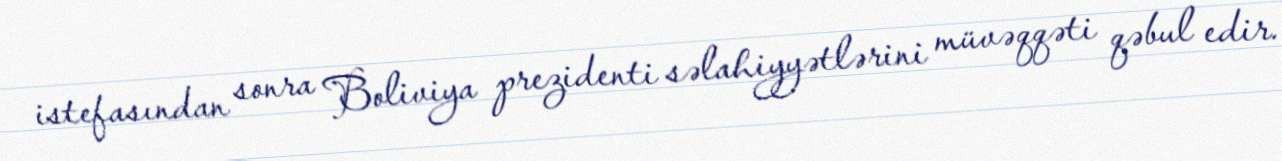
istefasından sonra Boliviya prezidenti səlahiyyətlərini müvəqqəti qəbul edir.